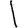
Digit: 1